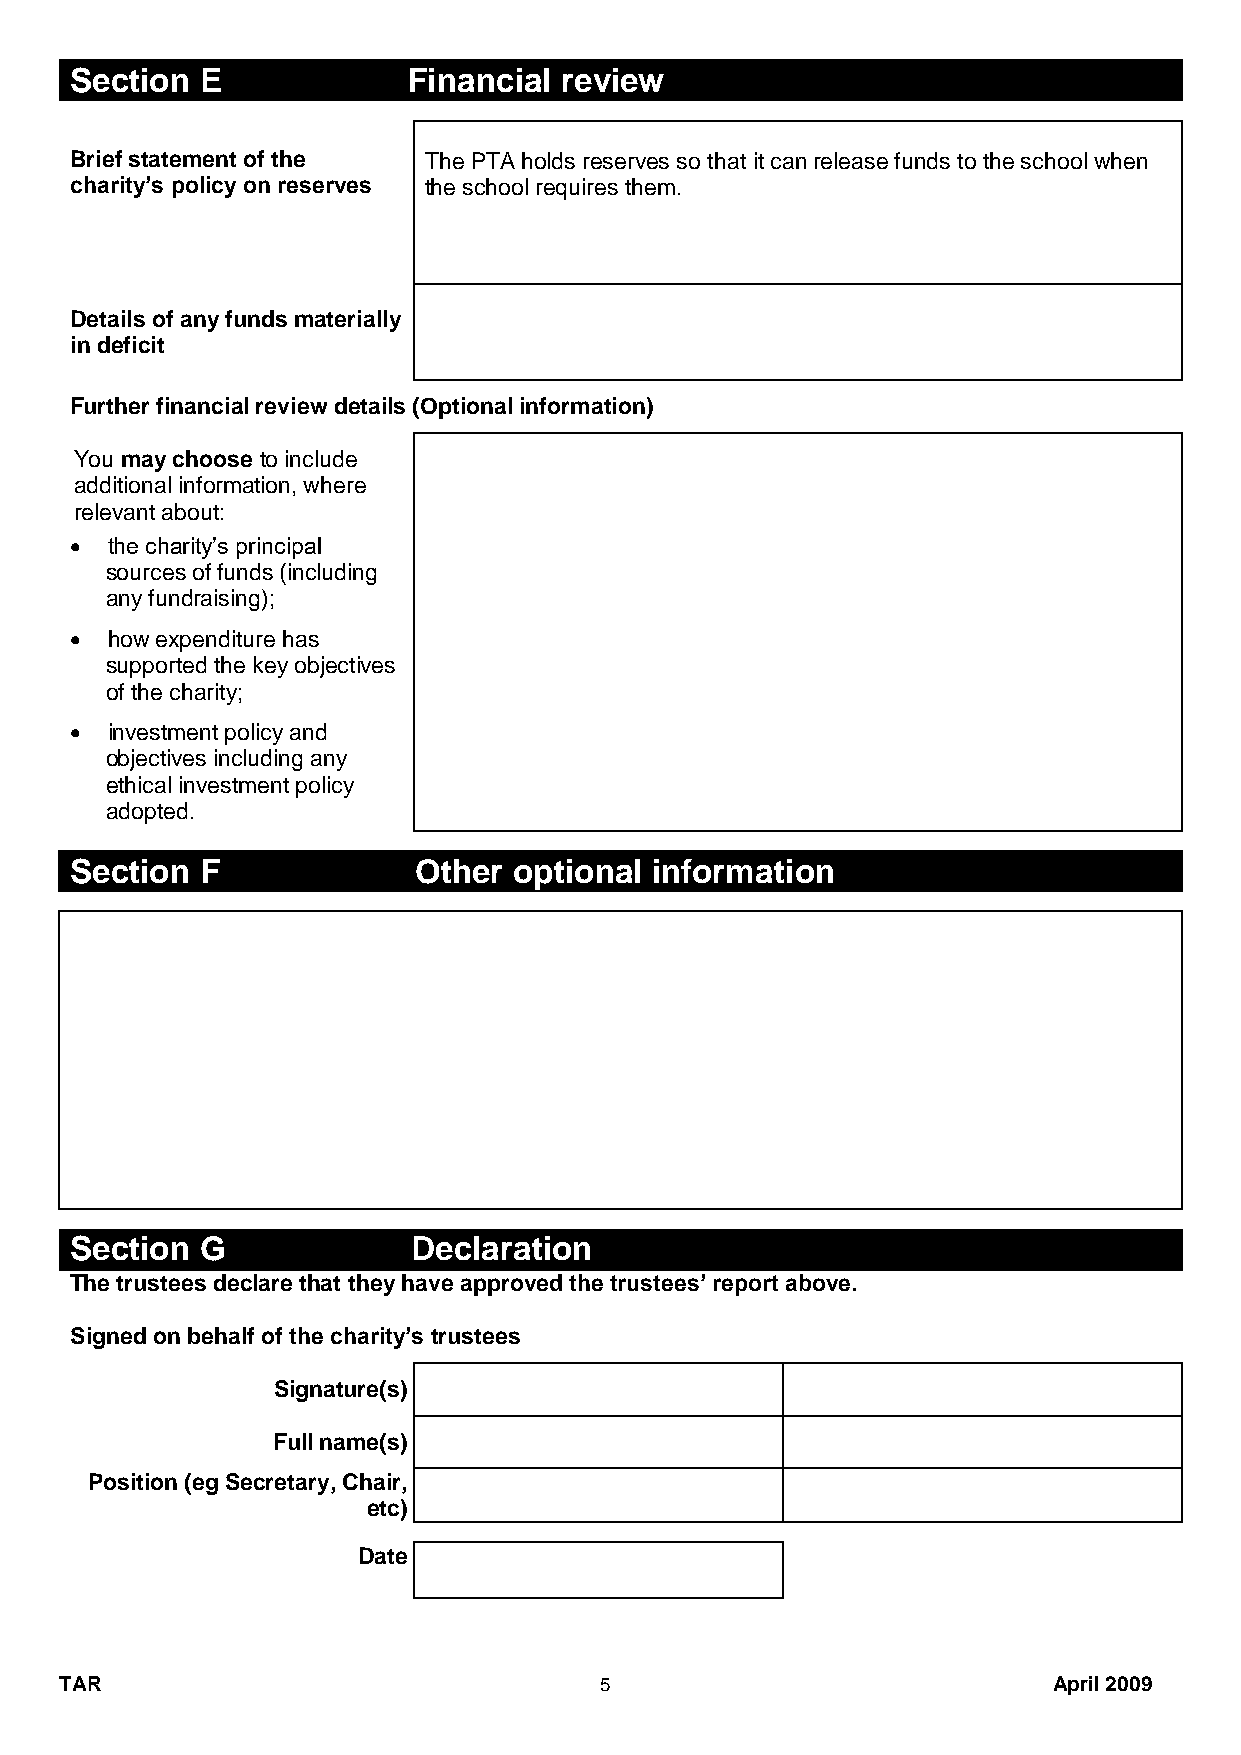
Section E             Financial review
 Brief statement of the The PTA holds reserves so that it can release funds to the school when
 charity’s policy on reserves the school requires them.
 Details of any funds materially
 in deficit
 Further financial review details (Optional information)
 You may choose to include
 additional information, where
 relevant about:
 • the charity’s principal
 sources of funds (including
 any fundraising);
 • how expenditure has
 supported the key objectives
 of the charity;
 • investment policy and
 objectives including any
 ethical investment policy
 adopted.
 Section F             Other  optional information
 Section G             Declaration
 The trustees declare that they have approved the trustees’ report above.
 Signed on behalf of the charity’s trustees
 Signature(s)
 Full name(s)
 Position (eg Secretary, Chair,
 etc)
 Date
 TAR                                 5                             April 2009